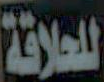
للحلاقة